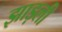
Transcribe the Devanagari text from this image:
झाड़ली